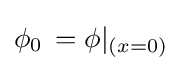
\phi _{0}\,=\phi |_{(x=0)}